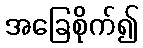
အခြေစိုက်၍